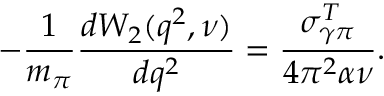
- \frac { 1 } { m _ { \pi } } \frac { d W _ { 2 } ( q ^ { 2 } , \nu ) } { d q ^ { 2 } } = \frac { \sigma _ { \gamma \pi } ^ { T } } { 4 \pi ^ { 2 } \alpha \nu } .